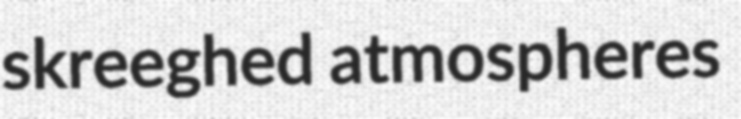
skreeghed atmospheres